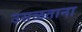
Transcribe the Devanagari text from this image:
उसळताना